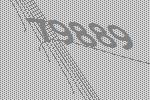
79889